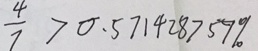
\frac { 4 } { 7 } > 0 . 5 7 1 4 2 8 7 5 7 \%